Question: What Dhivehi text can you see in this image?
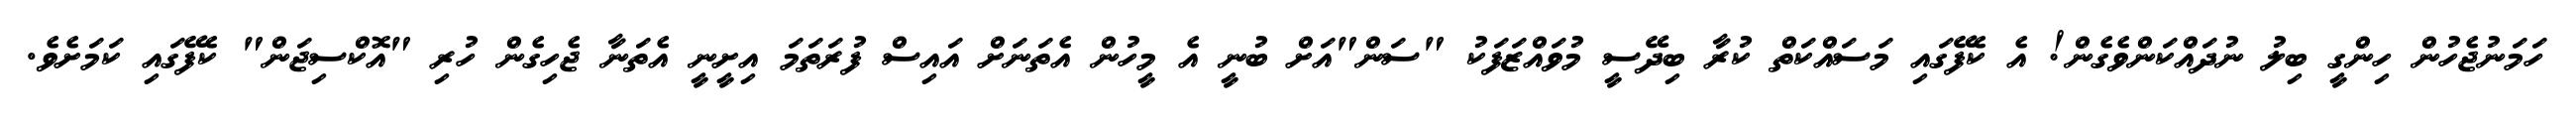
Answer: ހަމަނުޖެހުން ހިންގީ ބިލު ނުދައްކަންވެގެން! އެ ކެފޭގައި މަސައްކަތް ކުރާ ބިދޭސީ މުވައްޒަފަކު "ސަން"އަށް ބުނީ އެ މީހުން އެތަނަށް އައިސް ފުރަތަމަ އިށީނީ އެތަނާ ޖެހިގެން ހުރި "އޮކްސިޖަން" ކެފޭގައި ކަމަށެވެ.